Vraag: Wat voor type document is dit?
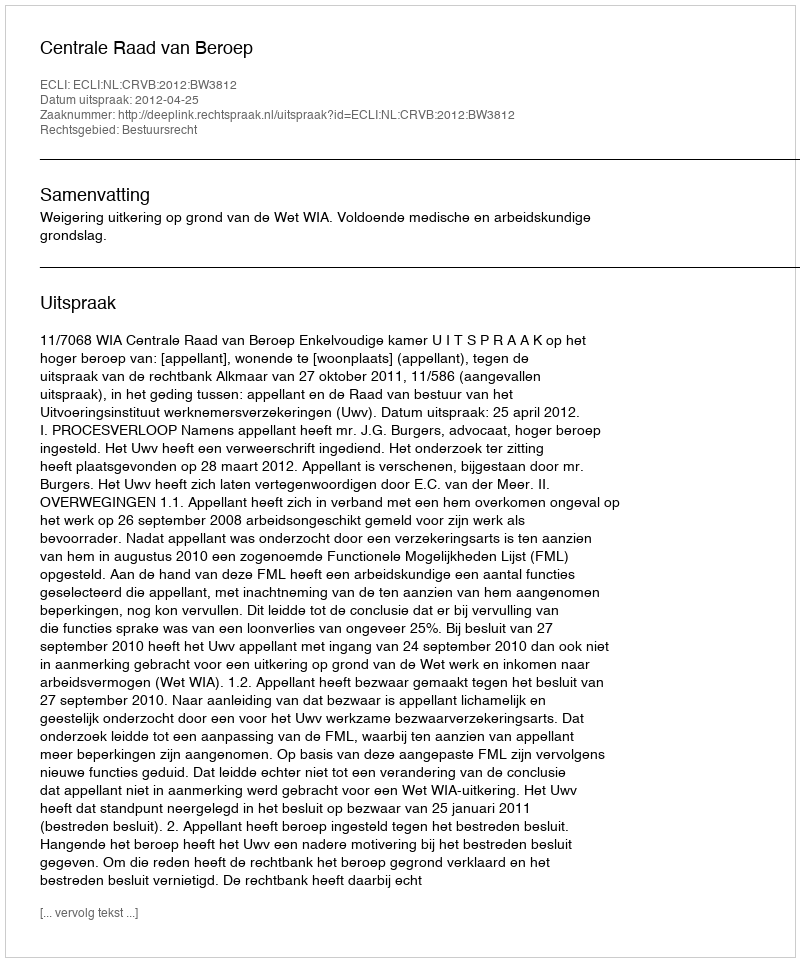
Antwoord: Uitspraak